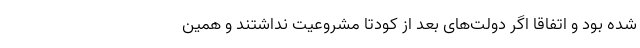
شده بود و اتفاقا اگر دولت‌های بعد از کودتا مشروعیت نداشتند و همین